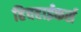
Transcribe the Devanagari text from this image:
हिचहाईकर्स